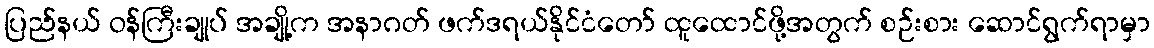
ပြည်နယ် ဝန်ကြီးချုပ် အချို့က အနာဂတ် ဖက်ဒရယ်နိုင်ငံတော် ထူထောင်ဖို့အတွက် စဉ်းစား ဆောင်ရွက်ရာမှာ